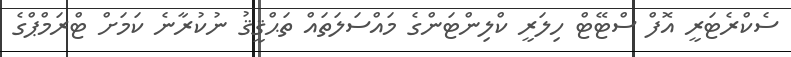
ސެކްރެޓަރީ އޮފް ސްޓޭޓް ހިލަރީ ކްލިންޓަންގެ މައްސަލަތައް ތަޙްޤީޤު ނުކުރާނެ ކަމަށް ޓްރަމްޕްގެ